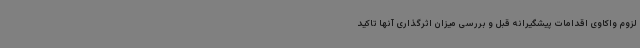
لزوم واکاوی اقدامات پیشگیرانه قبل و بررسی میزان اثرگذاری‌ آنها تاکید